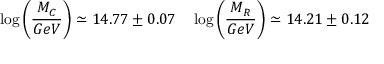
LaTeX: \log \left( { \frac { M _ { C } } { G e V } } \right) \simeq 1 4 . 7 7 \pm 0 . 0 7 \quad \log \left( { \frac { M _ { R } } { G e V } } \right) \simeq 1 4 . 2 1 \pm 0 . 1 2